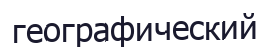
географический